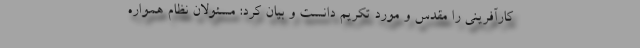
کارآفرینی را مقدس و مورد تکریم دانست و بیان کرد: مسئولان نظام همواره